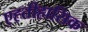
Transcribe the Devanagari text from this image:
एह्तीहासिक